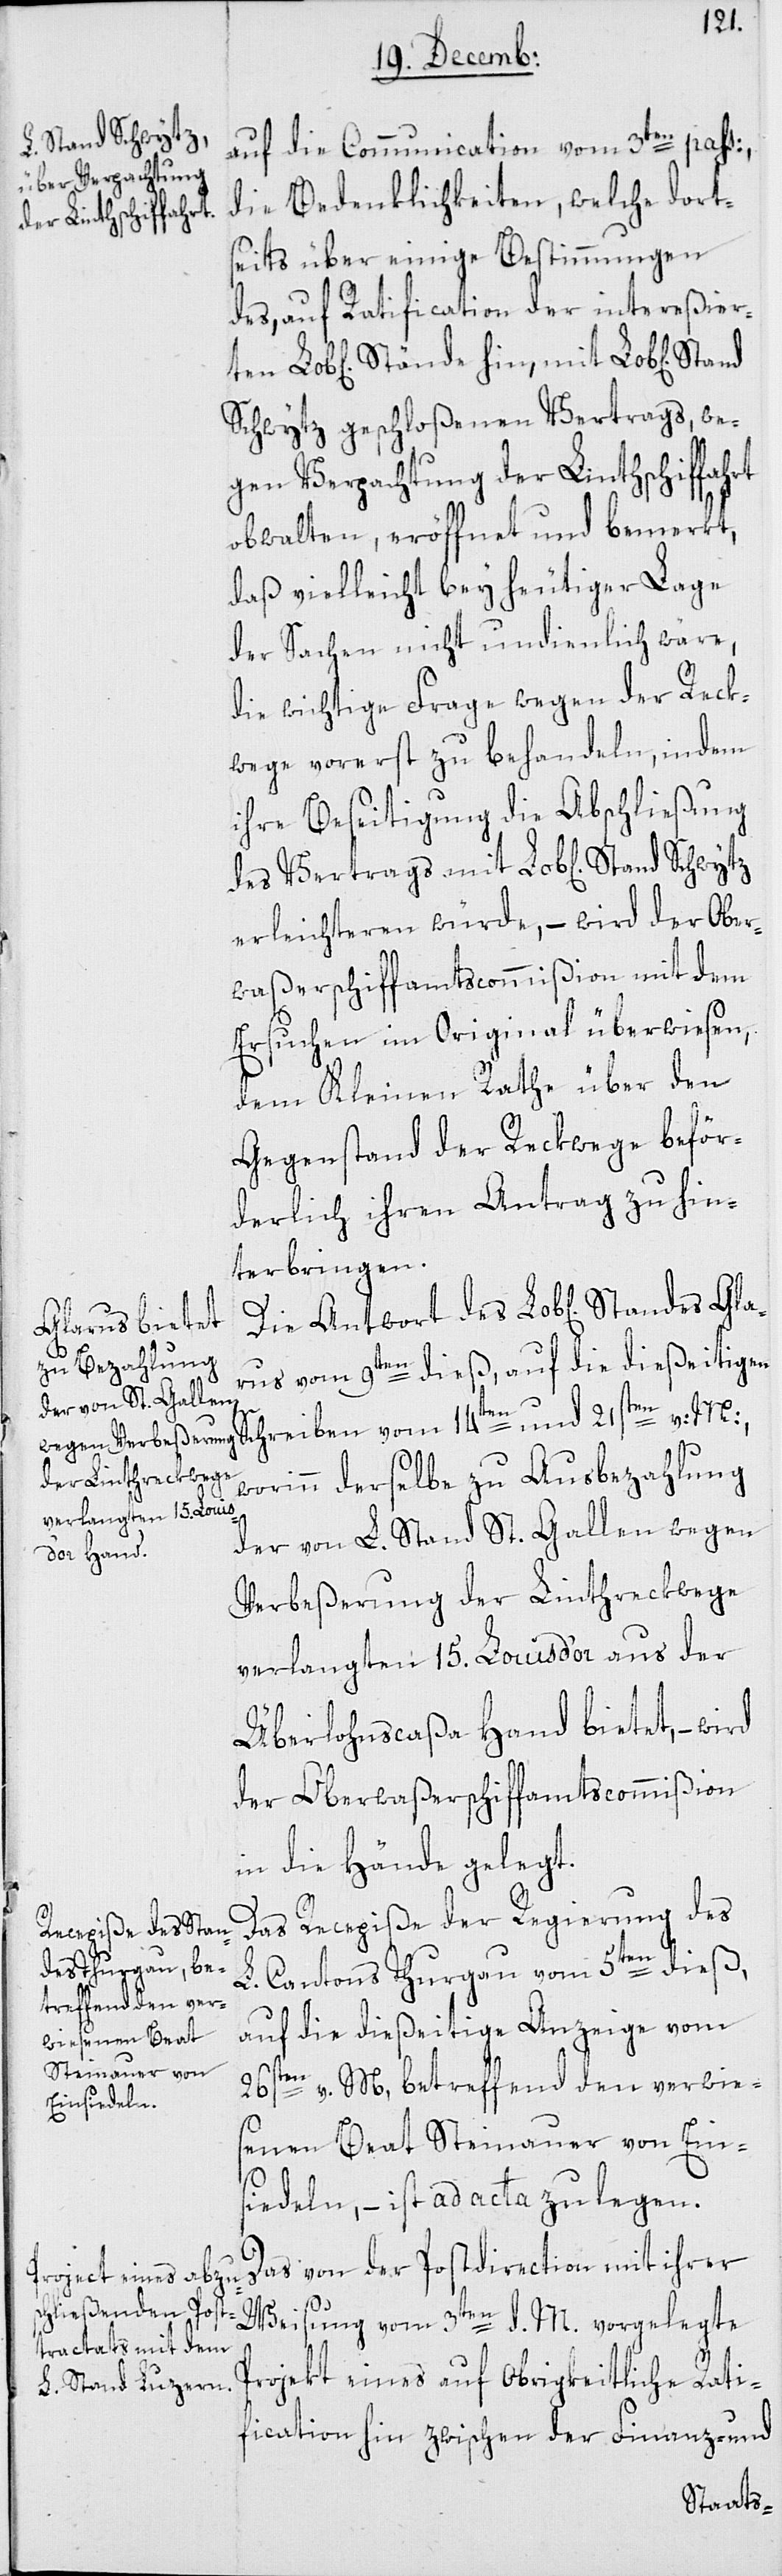
Stand Schwytz
Gla¬

auf die Communication vom 3ten pass:
die Bedenklichkeiten, welche dort¬
seits über einige Bestimmungen
des, auf Ratification der intereßiert¬
Schwytz geschloßenen Vertrags, we¬
gen Verpachtung der Linthschiffahrt
obwalten, eröffnet und bemerkt,
daß vielleicht bey heutiger Lage
der Sachen nicht undienlich wäre,
die wichtige Frage wegen der Reck¬
wege vorerst zu behandeln, indem
ihre Beseitigung die Abschließung
erleichteren würde, – wird der Ober¬
waßerschiffamtscommißion mit dem
Ersuchen im Original überwiesen,
dem Kleinen Rathe über den
Gegenstand der Reckwege beför¬
derlich ihren Antrag zu hin¬
terbringen.
rus vom 9ten dieß, auf die dießeitigen
Schreiben vom 14ten und 21sten v: M:,
worinn derselbe zu Ausbezahlung
der von L. Stand St. Gallen wegen
Verbeßerung der Linthreckwege
verlangten 15. Louis d’or aus der
Überlohnscaßa Hand bietet, – wird
der Oberwaßerschiffamtscommißion
in die Hände gelegt.
Das Recepiße der Regierung des
en
L. Cantons Thurgau vom 5ten dieß,
auf die dießeitige Anzeige vom
26sten v. M., betreffend den verwie¬
senen Beat Steinauer von Ein¬
siedeln, – ist ad acta zu legen.
Das von der Postdirection mit ihrer
Weisung vom 3ten d. M. vorgelegte
Projekt eines auf Obrigkeitliche Rati¬
fication hin zwischen der Finanz- und